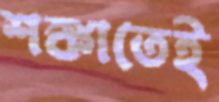
শঙ্কাতেই